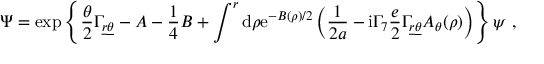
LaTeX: \Psi = \exp \left\{ \frac { \theta } { 2 } \Gamma _ { \underline { { { r } } } \underline { { { \theta } } } } - A - { \frac { 1 } { 4 } } B + \int ^ { r } \mathrm { d } \rho \mathrm { e } ^ { - B ( \rho ) / 2 } \left( { \frac { 1 } { 2 a } } - \mathrm { i } \Gamma _ { 7 } { \frac { e } { 2 } } \Gamma _ { \underline { { { r } } } \underline { { { \theta } } } } A _ { \theta } ( \rho ) \right) \right\} \psi ~ ,